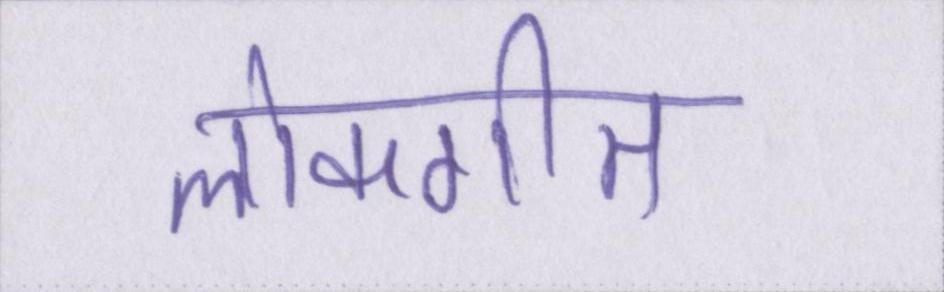
लोकगीत